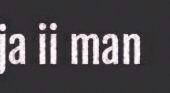
ja ii man